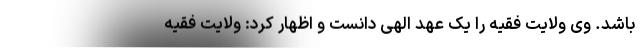
باشد. وی ولایت فقیه را یک عهد الهی دانست و اظهار کرد: ولایت فقیه